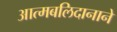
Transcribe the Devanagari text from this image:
आत्मबलिदानाने